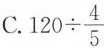
C.$$1 2 0 \div \frac { 4 } { 5 }$$